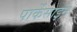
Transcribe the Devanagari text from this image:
पार्केसाइन